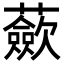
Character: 蘝